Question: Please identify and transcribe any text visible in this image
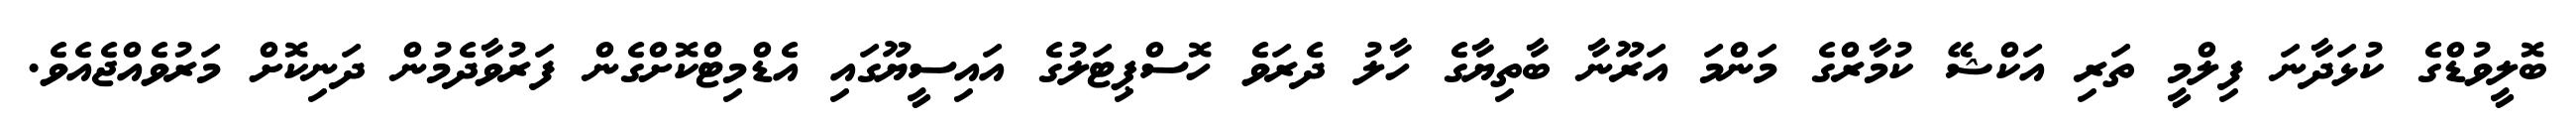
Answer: ބޮލީވުޑްގެ ކުޅަދާނަ ފިލްމީ ތަރި އަކްޝޭ ކުމާރްގެ މަންމަ އަރޫނާ ބާތިޔާގެ ހާލު ދެރަވެ ހޮސްޕިޓަލުގެ އައިސީޔޫގައި އެޑްމިޓްކޮށްގެން ފަރުވާދެމުން ދަނިކޮށް މަރުވެއްޖެއެވެ.